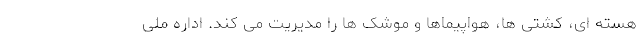
هسته ای،‌ کشتی ها، هواپیماها و موشک ها را مدیریت می کند. اداره ملی